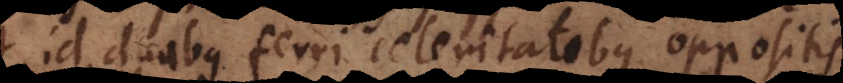
id duabus ferri celeritatibus oppositis,